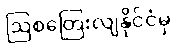
ဩစတြေးလျနိုင်ငံမှ